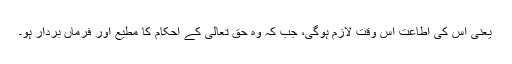
یعنی اس کی اطاعت اس وقت لازم ہوگی، جب کہ وہ حق تعالی کے احکام کا مطیع اور فرماں بردار ہو۔